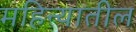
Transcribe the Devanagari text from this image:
महिन्‍यातील